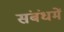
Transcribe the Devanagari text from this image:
संबंधमें